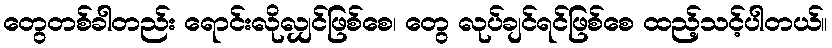
တွေတစ်ခါတည်း ရောင်းလိုလျှင်ဖြစ်စေ၊ တွေ လုပ်ချင်ရင်ဖြစ်စေ ထည့်သင့်ပါတယ်။